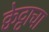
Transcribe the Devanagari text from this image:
क्वेट्टाचा